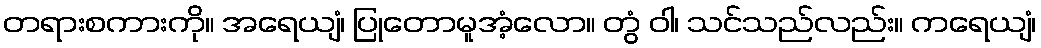
တရားစကားကို။ အရေယျံ၊ ပြုတောမူအံ့လော။ တွံ ဝါ၊ သင်သည်လည်း။ ကရေယျံ၊